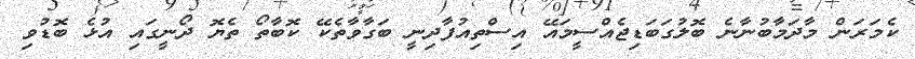
ކެމަރަން މާދަމާބުނާނެ ބޮލުގަބަޑިޖެއްސީމައޭ އިސްތިއުފާދިނީ ބަގާވާތެކޭ ކޮބާތޯ ތެޔޮ ދޯނީގައި އުޅެ ބޮޑުވި